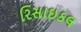
રિસાઇકલ